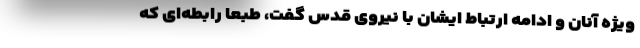
ویژه آنان و ادامه ارتباط ایشان با نیروی قدس گفت، طبعا رابطه‌ای که